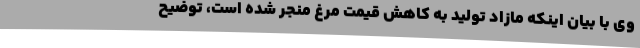
وی با بیان اینکه مازاد تولید به کاهش قیمت مرغ منجر شده است، توضیح